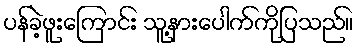
ပန်ခဲ့ဖူးကြောင်း သူ့နားပေါက်ကိုပြသည်။